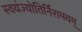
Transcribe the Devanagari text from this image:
स्वयंज्योतिर्निरामयम्